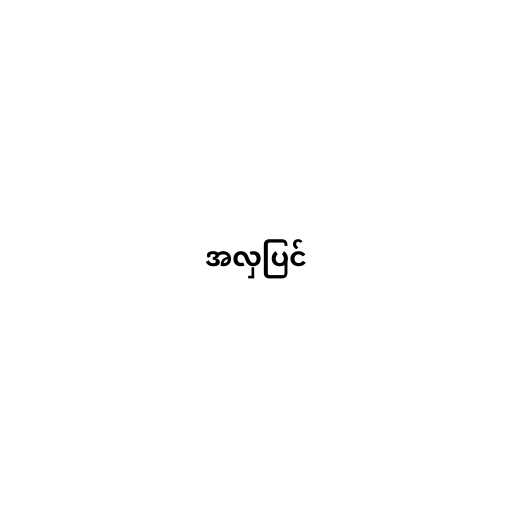
အလှပြင်